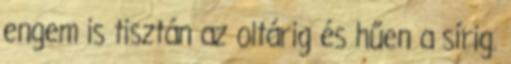
engem is tisztán az oltárig és hűen a sírig.